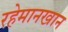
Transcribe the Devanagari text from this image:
रहेमानखान